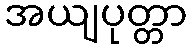
အယျပုတ္တာ